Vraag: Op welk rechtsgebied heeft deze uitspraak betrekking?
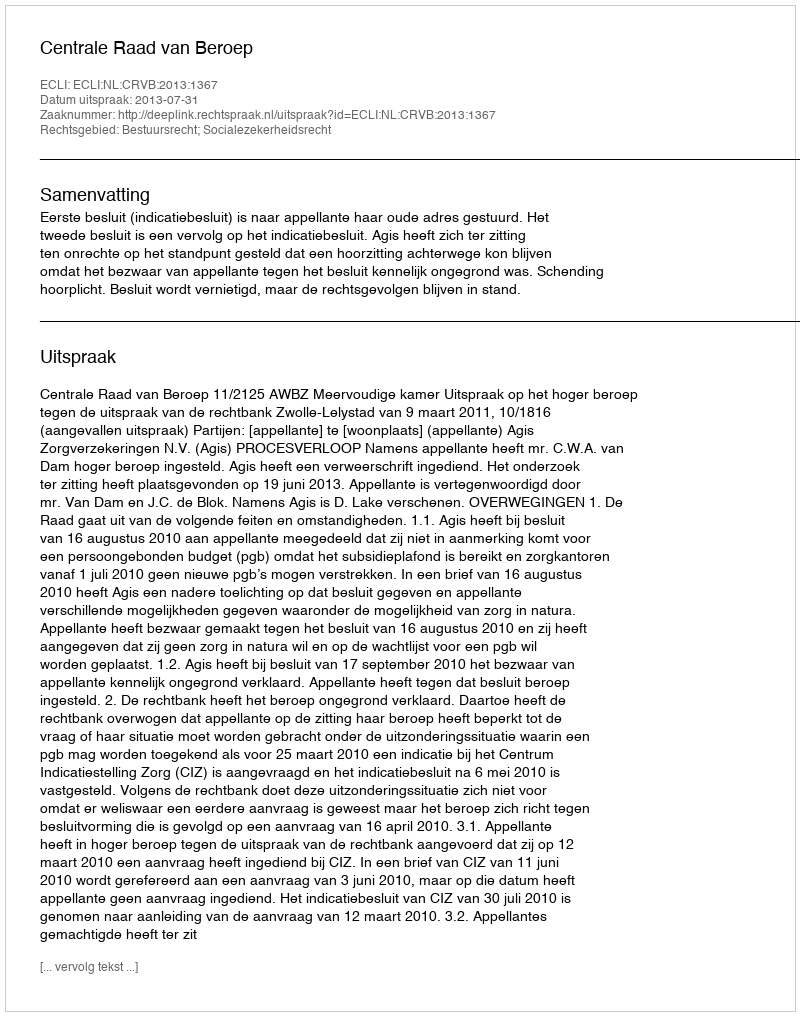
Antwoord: Bestuursrecht; Socialezekerheidsrecht